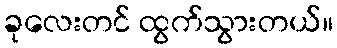
ခုလေးတင် ထွက်သွားတယ်။